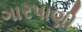
ગારપાણી